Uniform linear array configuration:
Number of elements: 8
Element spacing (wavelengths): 1
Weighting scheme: blackman
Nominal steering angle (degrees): -15
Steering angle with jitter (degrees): -13.488
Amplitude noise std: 0.05
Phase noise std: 0.05

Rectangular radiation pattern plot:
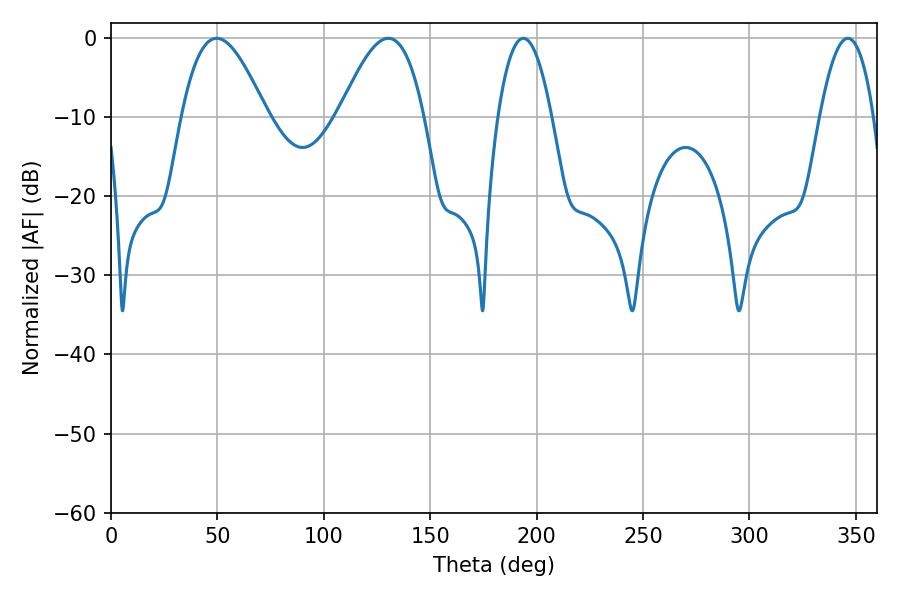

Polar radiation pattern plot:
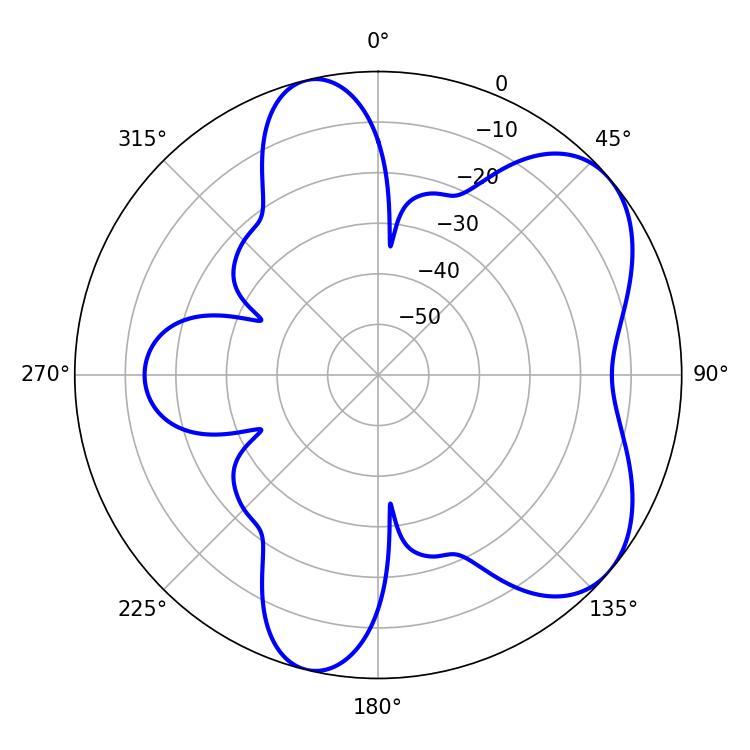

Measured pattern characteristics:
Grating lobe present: TRUE
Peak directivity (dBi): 5.915
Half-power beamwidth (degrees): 21.6
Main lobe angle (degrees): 130.32